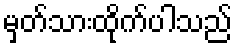
မှတ်သားထိုက်ပါသည်